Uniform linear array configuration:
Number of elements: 4
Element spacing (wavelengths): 0.5
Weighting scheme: binomial
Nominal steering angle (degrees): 15
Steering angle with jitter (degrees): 15.268
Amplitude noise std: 0.05
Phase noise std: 0.05

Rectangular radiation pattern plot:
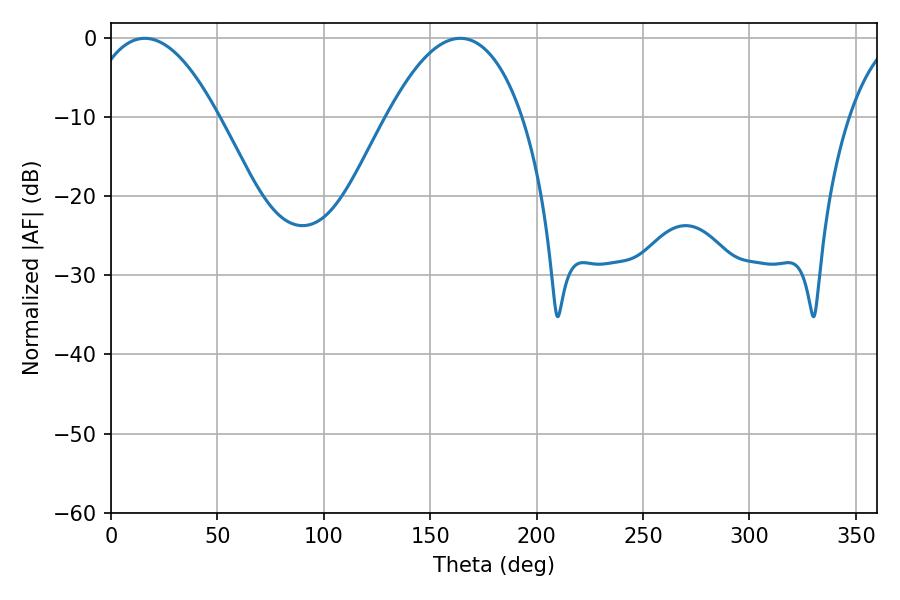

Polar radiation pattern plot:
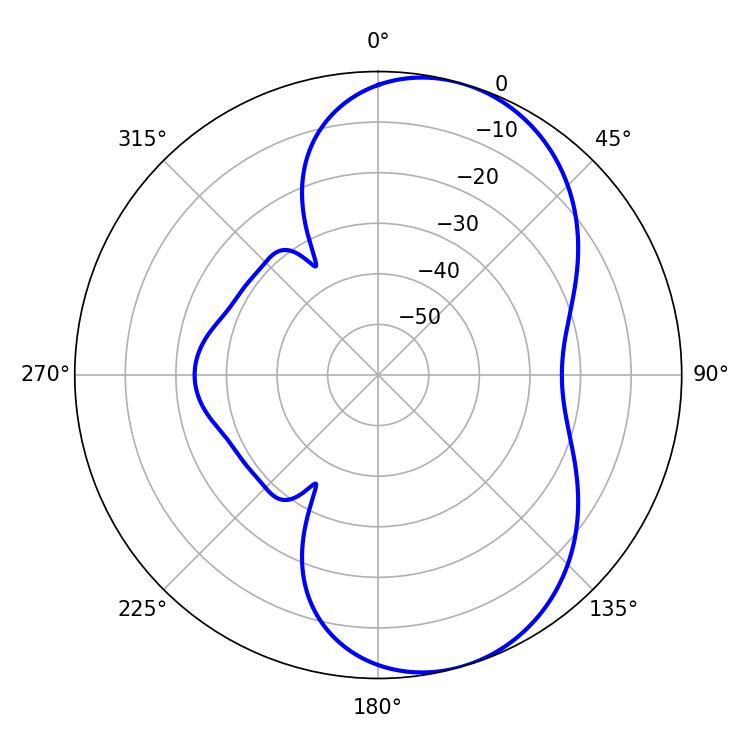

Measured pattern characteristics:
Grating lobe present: FALSE
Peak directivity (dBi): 7.092
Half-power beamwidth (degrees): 34.38
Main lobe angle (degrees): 15.84